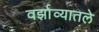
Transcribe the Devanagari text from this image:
वर्झाव्यातले